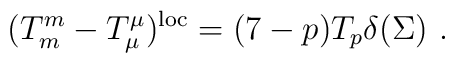
(T_m^m - T_\mu^\mu )^{\rm loc} = (7-p) T_p \delta(\Sigma)\ .